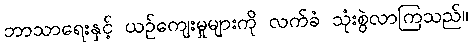
ဘာသာရေးနှင့် ယဉ်ကျေးမှုများကို လက်ခံ သုံးစွဲလာကြသည်။